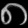
Digit: ၈